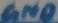
Text: GND